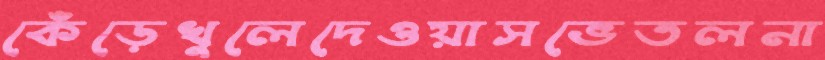
কেঁড়েখুলেদেওয়াসভেতলনা